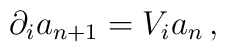
\partial_i a_{n+1}=V_i a_{n}\,,